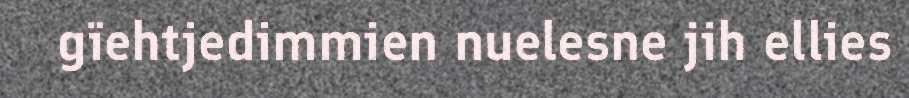
gïehtjedimmien nuelesne jih ellies